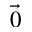
\vec { 0 }